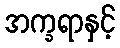
အက္ခရာနှင့်